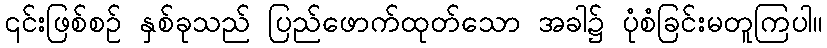
၎င်းဖြစ်စဉ် နှစ်ခုသည် ပြည်ဖောက်ထုတ်သော အခါ၌ ပုံစံခြင်းမတူကြပါ။